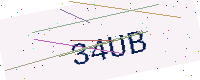
Text: 34UB